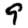
Digit: 9